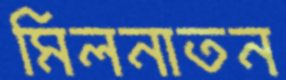
মিলনাতন